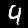
Digit: 4